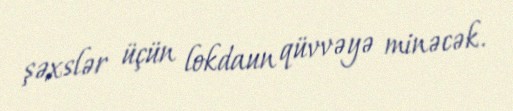
şəxslər üçün lokdaun qüvvəyə minəcək.